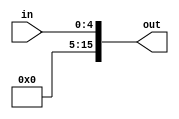
module zero_extend5bit(in, out);
  
  input [4:0] in;
  output [15:0] out;
  
  wire zero;
  assign zero = 1'b0;

  assign out = {{11{zero}},in};

endmodule